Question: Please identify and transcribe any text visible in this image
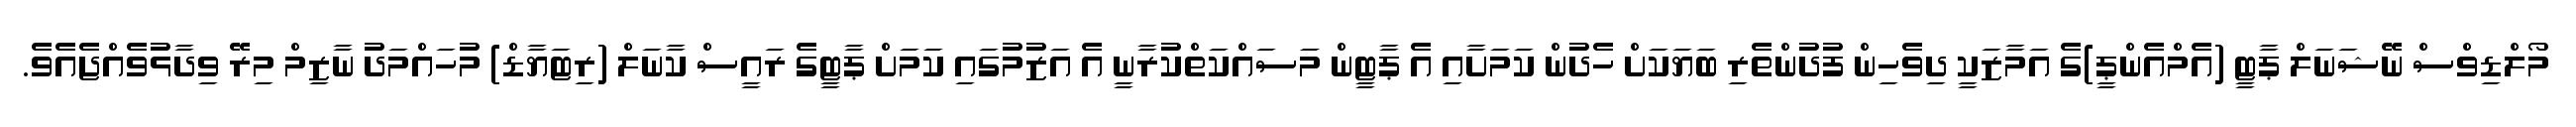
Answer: މޯލްޑިވްސް ނޭޝަނަލް ޕާޓީ (އެމްއެންޕީ)ގެ އަމާޒަކީ ދިވެހިން ފުދުންތެރި ބަޔަކަށް ހެދުން ކަމަށާއި އެ ޕާޓީން މަަސައްކަތްކުރާނީ އެ އަޒުމުގައި ކަމަށް ޕާޓީގެ ރައީސް ކާނަލް (ރިޓަޔާޑް) މުހައްމަދު ނާޒިމް މިރޭ ވިދާޅުވެއްޖެއެވެ.